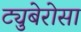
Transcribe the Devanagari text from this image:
ट्युबेरोसा